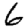
Digit: 6